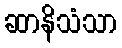
ဆာနိသံသာ